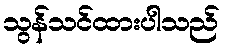
သွန်သင်ထားပါသည်